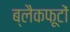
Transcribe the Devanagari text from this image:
ब्लैकफूटों